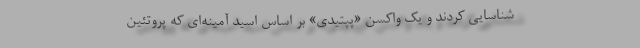
شناسایی کردند و یک واکسن «پپتیدی» بر اساس اسید آمینه‌ای که پروتئین